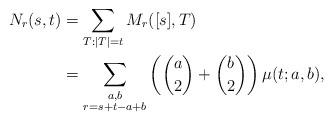
LaTeX: \begin{align*} N_r(s,t)&=\sum_{T:|T|=t}M_r([s],T)\\ &=\sum_{\substack{a,b \\ r=s+t-a+b}} \left ( \binom{a}{2}+\binom{b}{2} \right ) \mu (t;a,b), \end{align*}